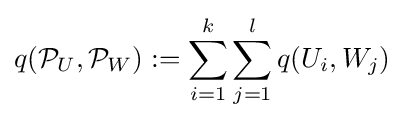
q({\mathcal {P}}_{U},{\mathcal {P}}_{W}):=\sum _{i=1}^{k}\sum _{j=1}^{l}q(U_{i},W_{j})